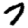
Digit: 7